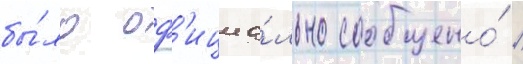
бы́ло оф'ициа́льно сообщено́ /